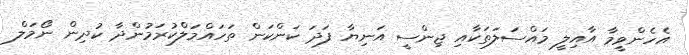
އެހެންވީމާ އާއިލީ މައްސަލަތަކާއި ޖިންސީ އަނިޔާ ފަދަ ކަންކަން ތަހައްމަލްކުރަމުންދާ ކުދިން ނޯމަލް